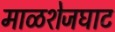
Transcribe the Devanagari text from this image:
माळशेजघाट